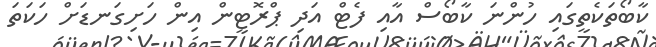
ކާބޯތަކެތީގައި ހުންނަ ކާބޯސް އާއި ފެޓް އަދި ޕްރޮޓީން އިން ހަށިގަނޑަށް ހަކަތަ